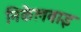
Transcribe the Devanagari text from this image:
निकेलबाइ